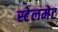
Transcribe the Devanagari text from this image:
स्टेलमेट